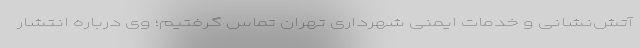
آتش‌نشانی و خدمات ایمنی شهرداری تهران تماس گرفتیم؛ وی درباره انتشار